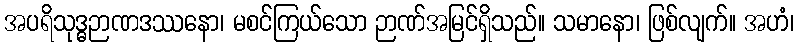
အပရိသုဒ္ဓဉာဏဒဿနော၊ မစင်ကြယ်သော ဉာဏ်အမြင်ရှိသည်။ သမာနော၊ ဖြစ်လျက်။ အဟံ၊